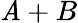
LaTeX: \mathit{A}+B